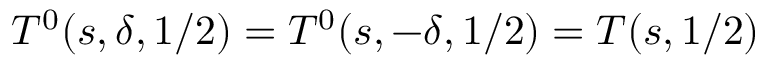
T ^ { 0 } ( s , \delta , 1 / 2 ) = T ^ { 0 } ( s , - \delta , 1 / 2 ) = { \cal T } ( s , 1 / 2 )